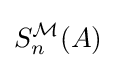
S_{n}^{\mathcal {M}}(A)